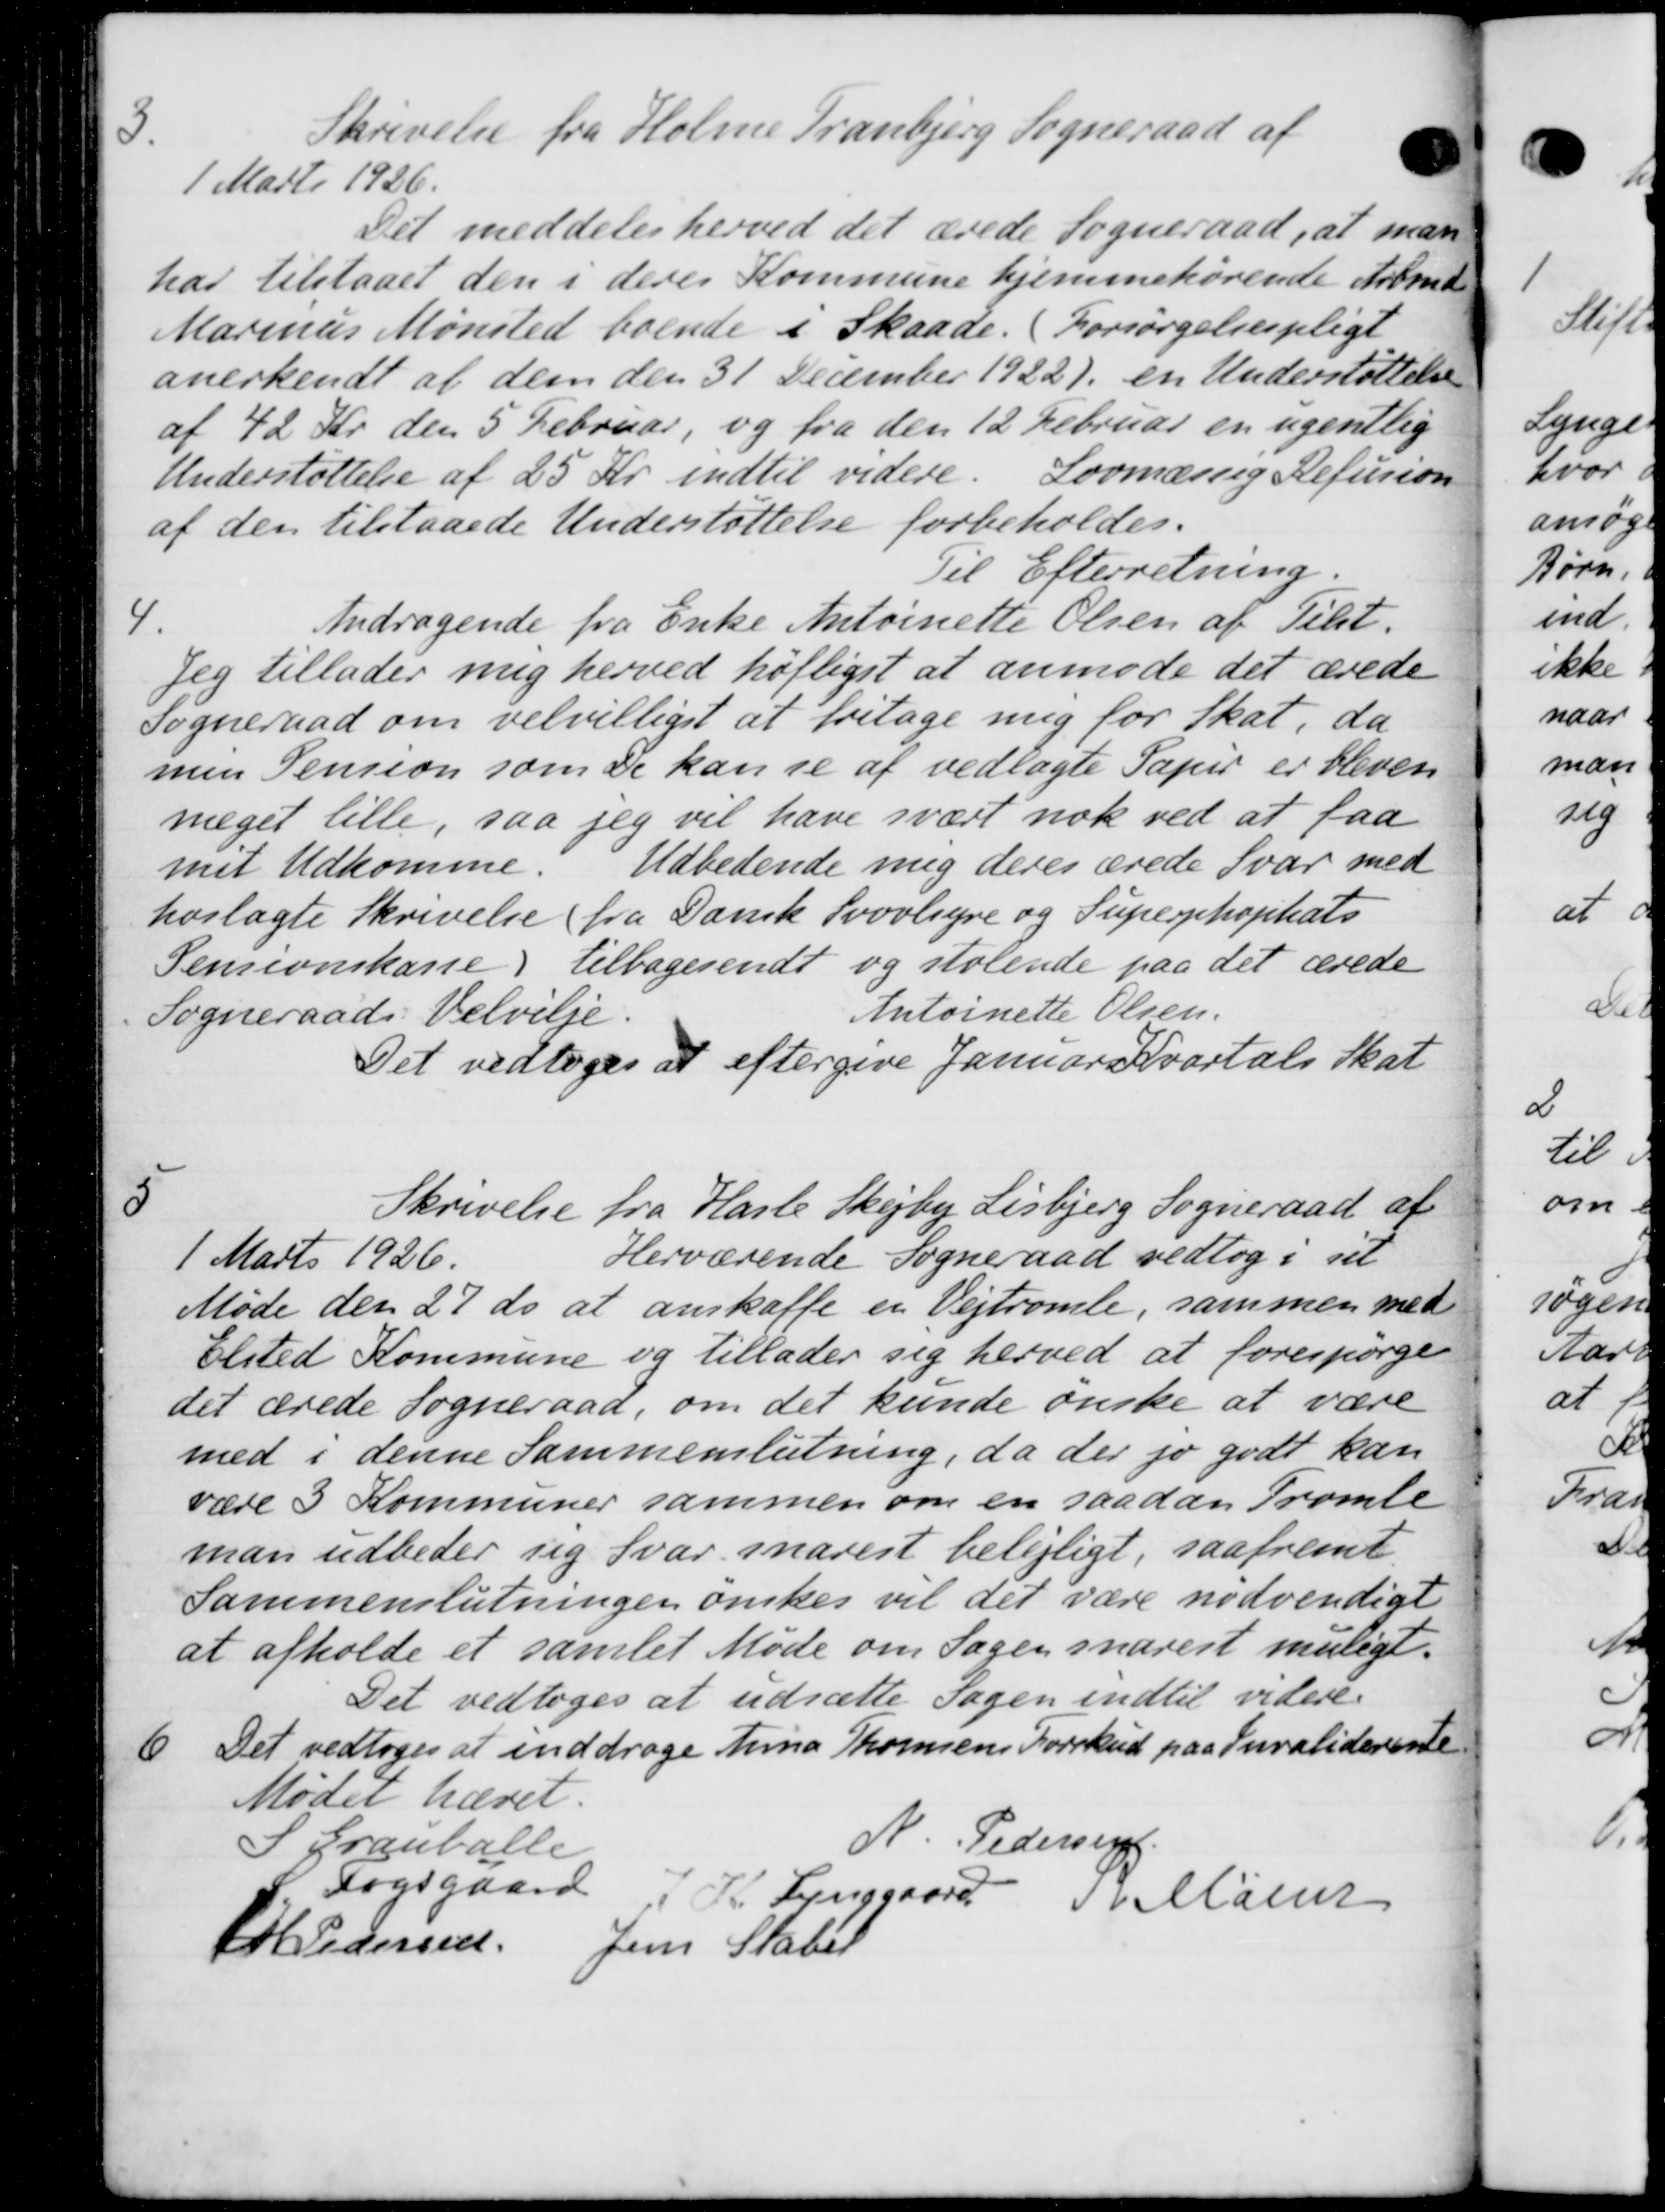
Transskription:
Skrivelse fra Holme Tranbjerg Sogneraad af
1 Marts 1926.
Det meddeles herved det ærede Sogneraad, at man
har tilstaaet den i deres Kommune hjemmehørende Arbmd.
Marinus Mønsted boende i Skaade. (Forsørgelsespligt
anerkendt af dem den 31 December 1922) en Understøttelse
af 42 Kr den 5 Februar, og fra den 12 Februar en ugentlig
Understøttelse af 25 Kr. indtil videre. Lovmæssig Refusion
af den tilstaaede Understøttelse forbeholdes.
Til Efterretning.
4.
Andragende fra Enke Antoinette Olsen af Tilst.
Jeg tillader mig herved høfligst at anmode det ærede
Sogneraad om velvilliget at fritage mig for Skat, da
men Pension som De kan se af vedlagte Papir er bleven
meget lille, saa jeg vil have svært nok ved at faa
mit Udkomme. Udbedende mig deres ærede Svar med
hoslagte Skrivelse fra Dansk Svovlsyre og Supeophophats
Pensionskasse) tilbagesendt og stolende paa det ærede
Antoinette Olsen.
Sogneraads Velvilje.
Det vedtoges at eftergive Januar Kvartals Skat

Skrivelse fra Hasle Skejby Lisbjerg Sogneraad af
1 Marts 1926.
Herværende Sogneraad vedtog i sit
Møde den 27 ds at anskaffe en Vejtromle, sammen med
Elsted Kommune og tillader sig herved at forespørge
det ærede Sogneraad, om det kunde ønske at være
med i denne Sammenslutning, da der jo godt kan
være 3 Kommuner sammen om en saadan Tromle
man udbeder sig Svar snarest belejligt, saafremt
Sammenslutningen ønskes vil det være nødvendigt
at afholde et samlet Møde om Sagen snarest muligt.
Det vedtoges at udsætte Sagen indtil videre.

Det vedtoges at inddrage hina Thomsens Forskud paa Invaliderente
Mødet hævet.
S Tranballe
N. Pedersen
Fogsgaard
K. Fuggaard Svelløse
P P Pedersen
Jens Skaber